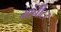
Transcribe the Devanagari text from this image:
मांनीटर